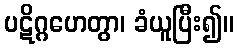
ပဋိဂ္ဂဟေတွာ၊ ခံယူပြီး၍။